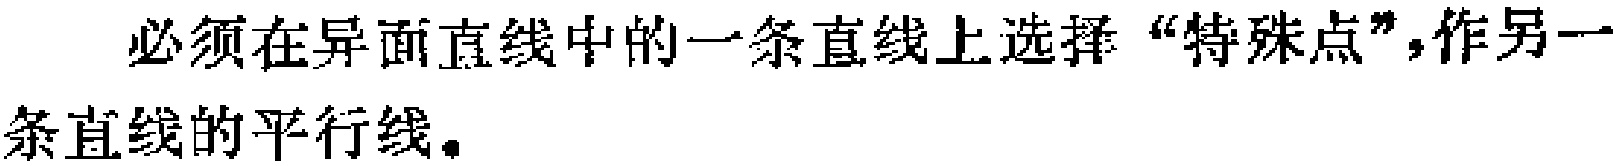
必须在异面直线中的一条直线上选择“特殊点”,作另一条直线的平行线。